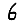
Digit: 6